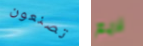
تصنعون لايم